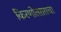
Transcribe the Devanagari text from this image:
किरणोत्साराचा